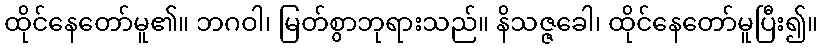
ထိုင်နေတော်မူ၏။ ဘဂဝါ၊ မြတ်စွာဘုရားသည်။ နိသဇ္ဇခေါ၊ ထိုင်နေတော်မူပြီး၍။